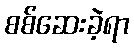
စစ်ဆေးခဲ့ရာ